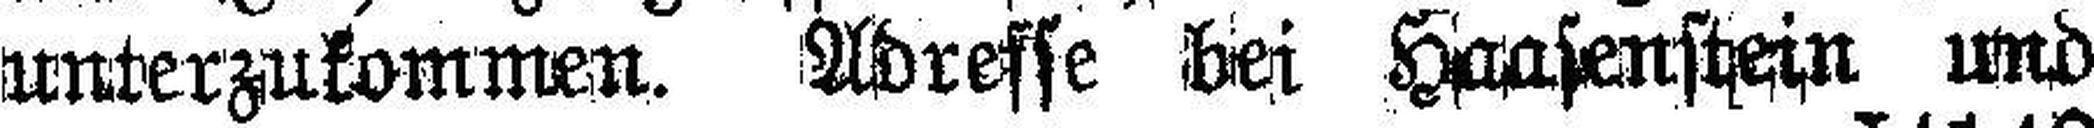
unterzukommen. Adresse bei Haasenstein und